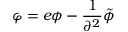
\varphi = e \phi - { \frac { 1 } { \partial ^ { 2 } } } \tilde { \phi }